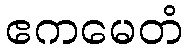
ဧကမေတံ